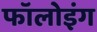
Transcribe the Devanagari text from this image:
फॉलोइंग